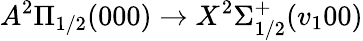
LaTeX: A^{2}\Pi_{1/2}(000)\rightarrow X^{2}\Sigma_{1/2}^{+}(v_{1}00)